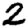
Digit: 2